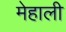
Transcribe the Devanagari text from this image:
मेहाली